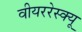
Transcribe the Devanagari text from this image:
वीयररेस्क्यू